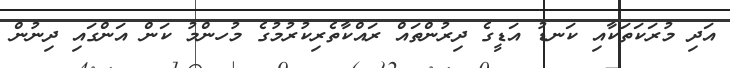
އަދި މުރަކަތަކާއި ކަނޑު އަޑީގެ ދިރުންތައް ރައްކާތެރިކުރުމުގެ މުހންމު ކަން އަންގައި ދިނުން